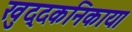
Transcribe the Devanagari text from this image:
खुद्दकनिकाय।